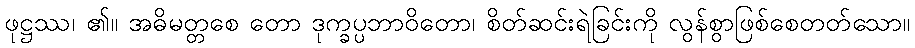
ဖုဋ္ဌဿ၊ ၏။ အဓိမတ္တစေ တော ဒုက္ခပ္ပဘာဝိတော၊ စိတ်ဆင်းရဲခြင်းကို လွန်စွာဖြစ်စေတတ်သော။